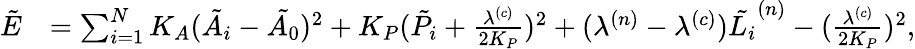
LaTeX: \begin{array}{rl}{\tilde{E}}&{=\sum_{i=1}^{N}K_{A}(\tilde{A_{i}}-\tilde{A_{0}})^{2}+K_{P}(\tilde{P_{i}}+\frac{\lambda^{(c)}}{2K_{P}})^{2}+(\lambda^{(n)}-\lambda^{(c)})\tilde{L_{i}}^{(n)}-(\frac{\lambda^{(c)}}{2K_{P}})^{2},}\end{array}